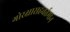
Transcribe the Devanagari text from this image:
गोरक्षासहवर्तमान